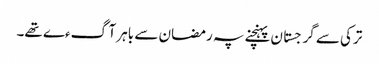
ترکی سے گرجستان پہنچنے پہ رمضان سے باہر آگءے تھے۔